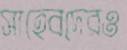
সাহেবদেরও